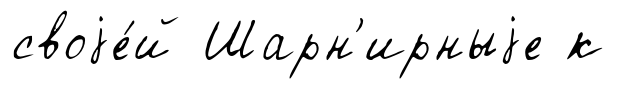
своjе́й Шарн'ирныjе к